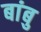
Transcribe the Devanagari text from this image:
बांबु